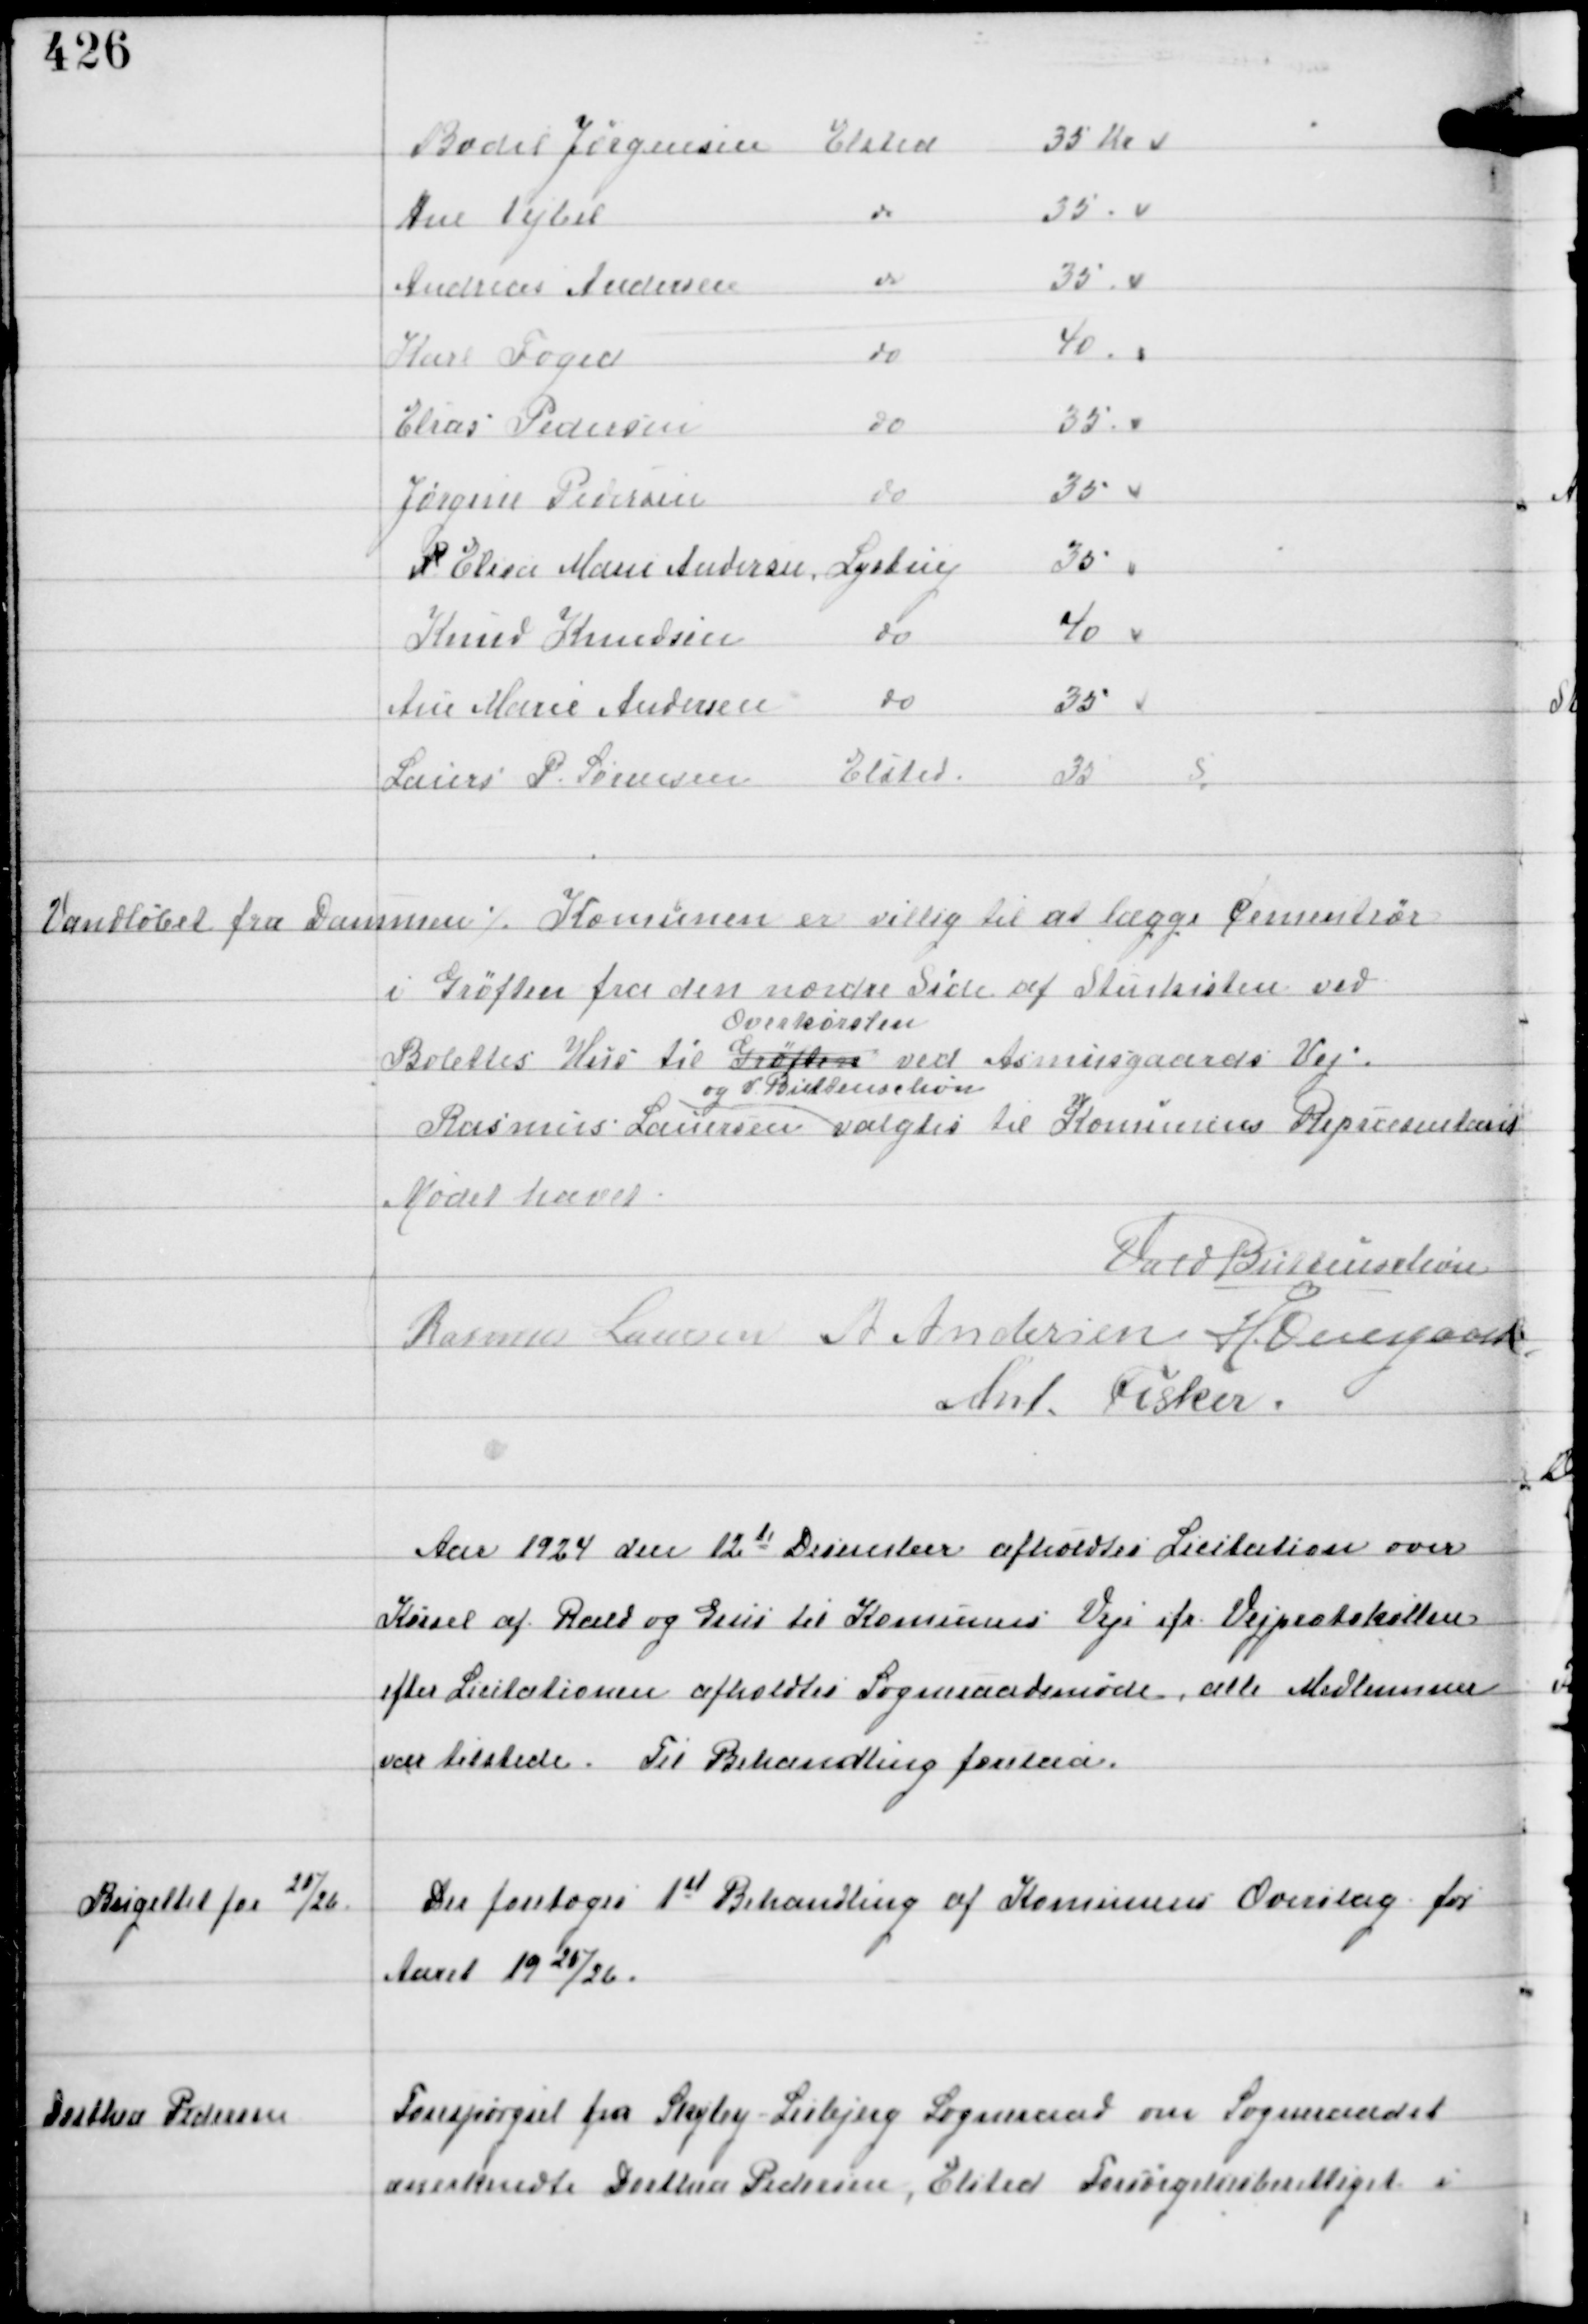
Transskription:
Vandløbet fra Dammen

⁒ Komunen er villig til at lægge Cementrør

i Grøften fra den nordre Side af Stenkisten ved
Bolettes Hus til Grøften
Overkørslen
ved Asmusgaards Vej.
Rasmus Laursen
og V Buttenschøn
valgtes til Komunens Repræsentant

Mødet hævet
Vald Buttenschøn
Rasmus Laursen A Andersen H. Overgaard
Ant. Fisker

Aar 1924 den 12te December afholdtes Licitation over
Kørsel af Rald og Grus til Komunens Veje ifr Vejprotokollen
efter Licitationen afholdtes Sogneraadsmøde, alle Medlemmer
vare tilstede. Til Behandling forelaa.

Budgettet for 25/26

Der foretoges 1st Behandling af Komunens Overslag for
Aaret 1925/26.

Dorthea Pedersen

Forespørgsel fra Skejby-Lisbjerg Sogneraad om Sogneraadet
anerkendte Dorthea Pedersen, Elsted Forsørgelsesberettiget i